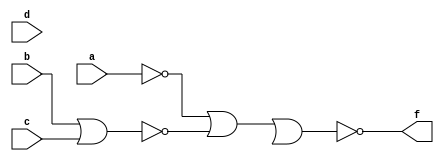
module Num1B(a,b,c,d,f);
input a,b,c,d;
output f;
wire n1,n2,n3,n4,n5,n6,n7;
nor Nor1(n1,a);
nor Nor2(n2,b,c);
nor Nor3(n3,n1,n2);

nor Nor4(n4,n3);

nor Nor5(n5,d);
nor Nor6(N6,n5,e);
nor Nor7(f,n4,n6);
endmodule